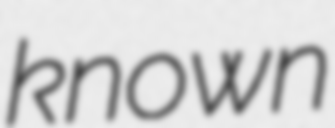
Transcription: known